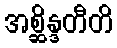
အစ္ဆိန္ဒတီတိ